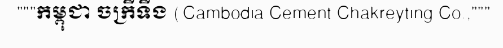
"""កម្ពុជា ចក្រីទីង (Cambodia Cement Chakreyting Co.,"""